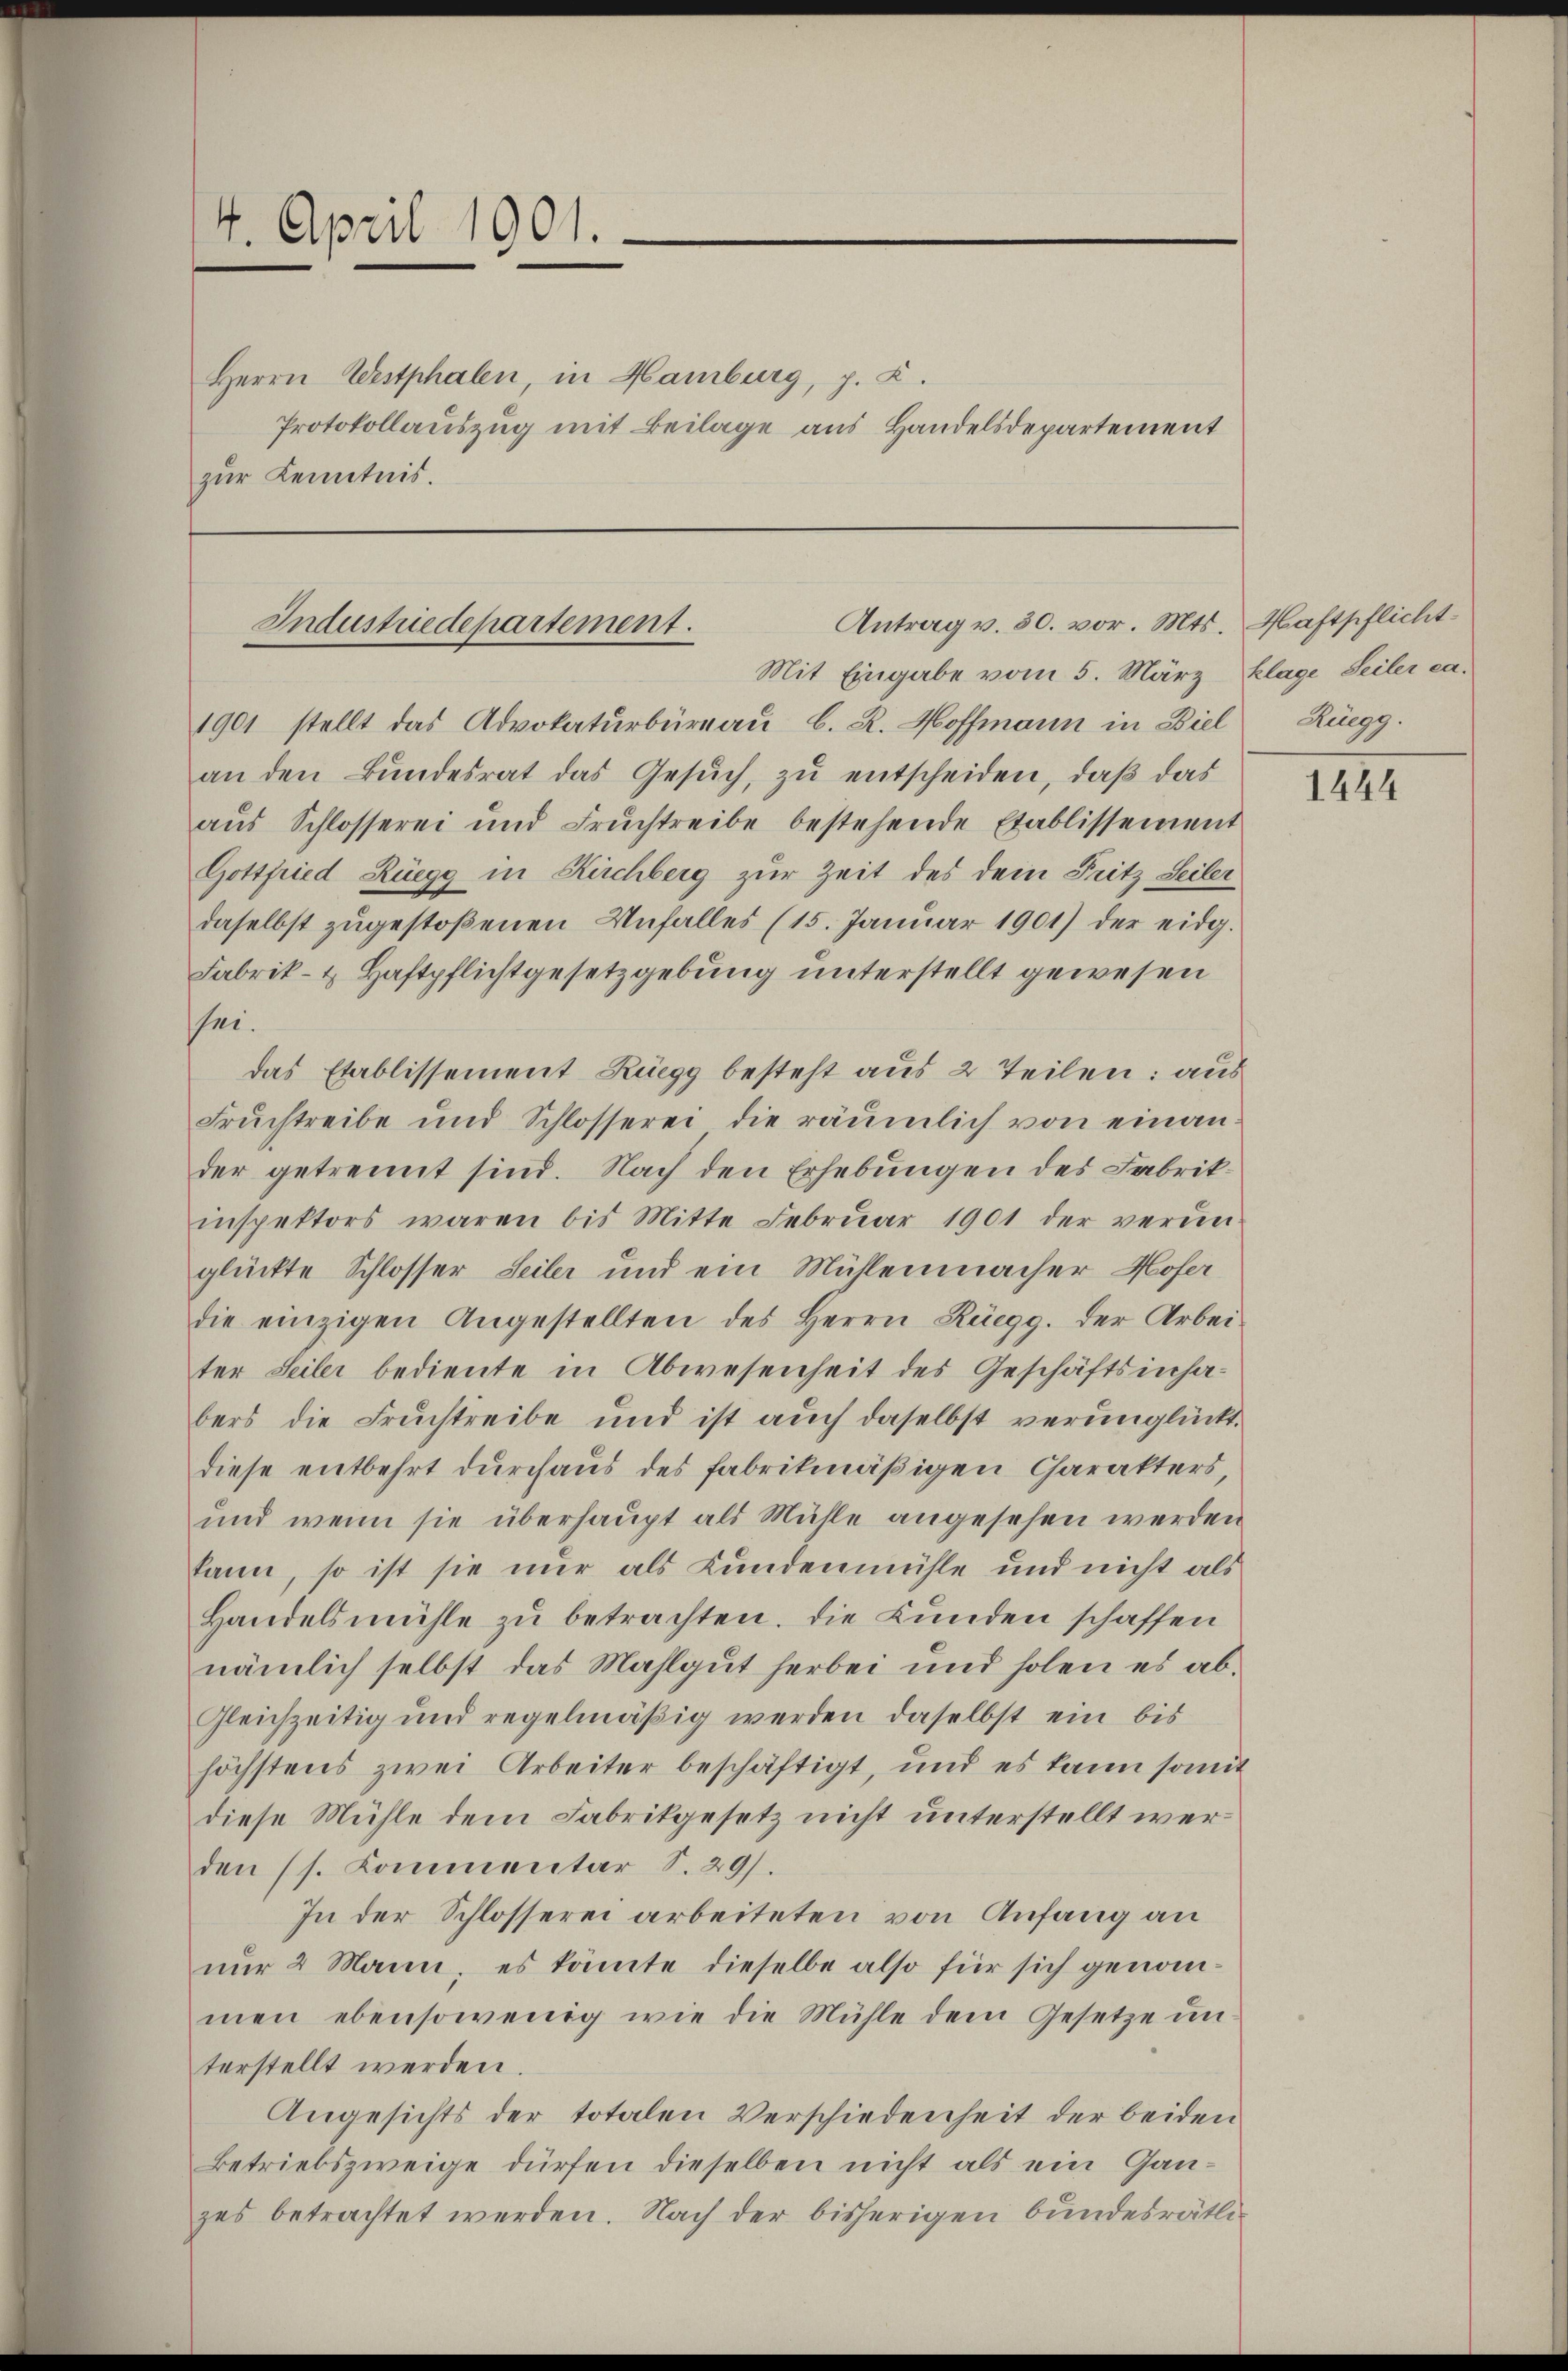
4. April 1901.

Herrn Westphalen, in Hamburg, p. C.
Protokollauszug mit Beilage aus Handelsdepartement
zur Kenntnis.

Antrag v. 30. vor. Mts. Haftpflicht
Industriedepartement.
Mit Eingabe vom 5. März, Klage Seiler ca.

1901 stellt das Advokaturbüreau, b. R. Hoffmann in Biel
an den Bŭndesrat das Gesŭch, zu entscheiden, daß das
aŭs Schlosserei und Fruchtreibe bestehende Etablissement
Gottfried Rüegg in Kirchberg zur Zeit des dem Fritz Seiler
daselbst zŭgestoßenen Unfalles (15. Janŭar 1901) der eidg.
Fabrik- & Haftpflichtgesetzgebung unterstellt gewesen
sei.
das Etablissement Rüegg besteht aus 2 Teilen: aus
Fruchtreibe und Schlosserei die räŭmlich von einander getrennt sind. Nach den Erhebungen des Fabrikinspektors waren bis Mitte Febrŭar 1901 der verŭn-
glückte Schlosser Seiler und ein Mühlenmacher Hofer
die einzigen Angestellten des Herrn Rüegg. der Arbei-
ter Seiler bediente in Abwesenheit des Geschäftsinhabers die Fruchtreibe und ist auch daselbst verunglückt.
diese entbehrt durchaus des fabrikmäßigen Charakters,
und wenn sie überhaupt als Mühle angesehen werden
kann, so ist sie nur als Bundenmühle und nicht als
Handelsmühle zu betrachten. Die Bunden schaffen
nämlich selbst das Mahlgut herbei und holen es ab¬
Gleichzeitig und regelmäßig werden daselbst ein bis
höchstens zwei Arbeiter beschäftigt, und es kann somit
diese Mühle dem Fabrikgesetz nicht unterstellt werden (s. Kommentar S. 29.
In der Schlosserei arbeiteten von Anfang an
nur 2 Mann, es könnte dieselbe also für sich genommen ebensowenig wie die Mühle dem Gesetze un
terstellt werden.
Angesichts der totalen Verschiedenheit der beiden
Betriebszweige dürfen dieselben nicht als ein Gan-
zes betrachtet werden. Nach der bisherigen bundesrätli¬

Rüegg.

1444